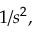
1 / s ^ { 2 } ,